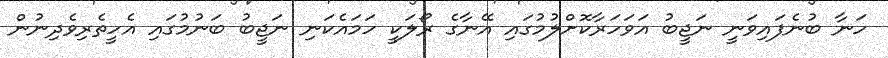
ހަނާ ބުނެފައިވަނީ ނަޖީބު އަވަހަރާކޮށްލުމުގައި އޭނާގެ ރޯލަކީ ހަމައެކަނި ނަޖީބު ބަނުމުގައި އެހީތެރިވެދިނުން